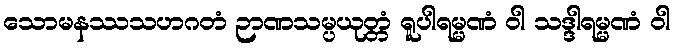
သောမနဿသဟဂတံ ဉာဏသမ္ပယုတ္တံ ရူပါရမ္မဏံ ဝါ သဒ္ဒါရမ္မဏံ ဝါ